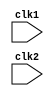
module pipe_MIPS32(clk1,clk2);
    input clk1,clk2; // TWO PHASE CLOCK

    reg [31:0] PC,IF_ID_IR,IF_ID_NPC;
   
    reg [31:0] ID_EX_IR, ID_EX_NPC,ID_EX_A,ID_EX_B,ID_EX_Imm;
   
    reg [2:0] ID_EX_type,EX_MEM_type,MEM_WB_type;

    reg [31:0] EX_MEM_IR, EX_MEM_ALUOut,EX_MEM_B;
    reg EX_MEM_cond;

    reg [31:0] MEM_WB_IR, MEM_WB_ALUOut,MEM_WB_LMD;

    reg [31:0] Reg [0:31]; // REGISTER BANK (32X32)
    reg [31:0] Mem [0:1023]; // 1024 X 32 MEMORY    

    parameter ADD=6'b000000, SUB=6'b000001,AND=6'b000010, OR=6'b000011,
              SLT=6'b000100 ,MUL=6'b000101,HLT=6'b111111, LW=6'b001000,
              SW=6'b001001,ADDI=6'b001010, SUBI=6'b001011,SLTI=6'b001100,
              BNEQZ=6'b001101, BEQZ=6'b001110;

    parameter RR_ALU=3'b000,RM_ALU=3'b001, LOAD=3'b010,STORE=3'b011,
              BRANCH=3'b100, HALT=3'b101;
    
    reg HALTED;
        // set after HLT instruction is completed (in WB stage)
    reg TAKEN_BRANCH;
        // Required to disable instructions after branch

    always @(posedge clk1) // IF STAGE
        if (HALTED == 0)
        begin
            if(((EX_MEM_IR[31:26] == BEQZ) && (EX_MEM_cond == 1)) || ((EX_MEM_IR[31:26] == BNEQZ) && (EX_MEM_cond == 0))) //check op code
                begin 
                    IF_ID_IR <= #2 Mem[EX_MEM_ALUOut]; //adrs. of branch is stored in EX_MEM_ALUOut,now saved in IR 
                    TAKEN_BRANCH <= #2 1'b1; // set to 1 as branch is taken
                    IF_ID_NPC <= #2 EX_MEM_ALUOut + 1;// address of next is given by +1
                    PC <= #2 EX_MEM_ALUOut + 1;
                end
            else // BRANCH NOT TAKEN
                begin
                    IF_ID_IR <= #2 Mem[PC];
                    IF_ID_NPC <= #2 PC + 1;
                    PC <= #2 PC + 1; 
                end
        end
    
    always @(posedge clk2) //ID stage (instruction decode)
        if (HALTED == 0) //if halt is 1 ,it is skipped
        begin 
            if (IF_ID_IR[25:21] == 5'b00000) ID_EX_A <= 0;
            else ID_EX_A <= #2 Reg[IF_ID_IR[25:21]];  //"rs"

            if (IF_ID_IR[20:16] == 5'b00000) ID_EX_B <=0;
            else ID_EX_B <= #2 Reg[IF_ID_IR[20:16]]; // "RT"

            ID_EX_NPC <= #2 IF_ID_NPC;// latch stage shift
            ID_EX_IR <= #2 IF_ID_IR;
            ID_EX_Imm <= #2 {{16{IF_ID_IR[15]}} , {IF_ID_IR[15:0]}}; //concat (sign extension),32 bit quantity(16 times replication of 16th bit concat with 16 bits)

            case (IF_ID_IR[31:26])
                ADD ,SUB,AND,OR,SLT,MUL: ID_EX_type <= #2 RR_ALU;
                ADDI,SUBI,SLTI:          ID_EX_type <= #2 RM_ALU;
                LW:                      ID_EX_type <= #2 LOAD;
                SW:                      ID_EX_type <= #2 STORE;
                BNEQZ,BEQZ:              ID_EX_type <= #2 BRANCH;
                HLT:                     ID_EX_type <= #2 HALT;
                default:                 ID_EX_type <= #2 HALT;  // INVALID OPCODE
                                               
            endcase
        end  

    always @(posedge clk1) //EX STAGE
        if (HALTED == 0)
        begin 
            EX_MEM_type <= #2 ID_EX_type;
            EX_MEM_IR   <= #2 ID_EX_IR;
            TAKEN_BRANCH <= #2 0;

            case (ID_EX_type)
                RR_ALU: begin
                            case (ID_EX_IR[31:26])  //"OPCODE"
                                ADD: EX_MEM_ALUOut <= #2 ID_EX_A + ID_EX_B;
                                SUB:  EX_MEM_ALUOut <= #2 ID_EX_A - ID_EX_B;
                                AND:  EX_MEM_ALUOut <= #2 ID_EX_A & ID_EX_B;
                                OR:  EX_MEM_ALUOut <= #2 ID_EX_A | ID_EX_B;
                                SLT:  EX_MEM_ALUOut <= #2 ID_EX_A < ID_EX_B; //1 if true ,0 if false(set if less than)
                                MUL:  EX_MEM_ALUOut <= #2 ID_EX_A * ID_EX_B;
                                default:  EX_MEM_ALUOut <= #2 32'hxxxxxxxx;
                            endcase
                        end
                
                RM_ALU: begin
                            case (ID_EX_IR[31:26]) // "OPCODE"
                                ADDI:  EX_MEM_ALUOut <= #2 ID_EX_A + ID_EX_Imm;
                                SUBI: EX_MEM_ALUOut <= #2 ID_EX_A - ID_EX_Imm;
                                SLTI: EX_MEM_ALUOut <= #2 ID_EX_A < ID_EX_Imm;
                                default: EX_MEM_ALUOut <= #2 32'hxxxxxxxx;
                            endcase    
                        end

                LOAD,STORE:
                        begin
                            EX_MEM_ALUOut <= #2 ID_EX_A + ID_EX_Imm;
                            EX_MEM_B <= #2 ID_EX_B;
                        end    
                BRANCH: begin
                            EX_MEM_ALUOut <= #2 ID_EX_NPC + ID_EX_Imm;
                            EX_MEM_cond <= #2 (ID_EX_A == 0);
                        end
            endcase
        end

    always @(posedge clk2) // MEM STAGE   
        if (HALTED == 0)
        begin
            MEM_WB_type <= #2 EX_MEM_type;
            MEM_WB_IR <= #2 EX_MEM_IR;

            case (EX_MEM_type)
                RR_ALU, RM_ALU:
                        MEM_WB_ALUOut <= #2 EX_MEM_ALUOut;

                LOAD : MEM_WB_LMD <= #2 Mem[EX_MEM_ALUOut];
                STORE : if (TAKEN_BRANCH == 0) // (DIASABLE WRITE), if 1, then dont write
                            Mem[EX_MEM_ALUOut] <= #2 EX_MEM_B;        
            endcase     
        end  

    always @(posedge clk1) // wb stage
        begin
            if (TAKEN_BRANCH == 0) // DISABLE WRITE IF BRANCH TAKEN 
            case (MEM_WB_type)
                RR_ALU: Reg[MEM_WB_IR[15:11]] <= #2 MEM_WB_ALUOut; //"rd"

                RM_ALU: Reg[MEM_WB_IR[20:16]] <= #2 MEM_WB_ALUOut; //"rt"

                LOAD: Reg [MEM_WB_IR[20:16]] <= #2 MEM_WB_LMD; //"rt"

                HALT : HALTED <= #2 1'B1;

            endcase
        end

endmodule